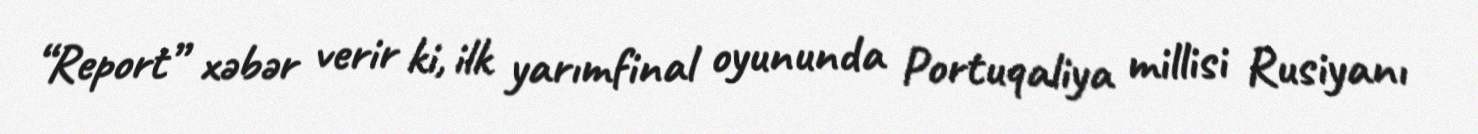
“Report” xəbər verir ki, ilk yarımfinal oyununda Portuqaliya millisi Rusiyanı